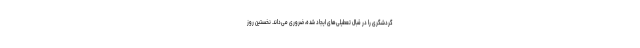
گردشگری را در قبال تعطیلی‌های ایجاد شده، ضروری می‌داند. نخستین روز